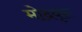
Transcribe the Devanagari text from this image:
मोदवृत्त